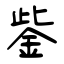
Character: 鈭